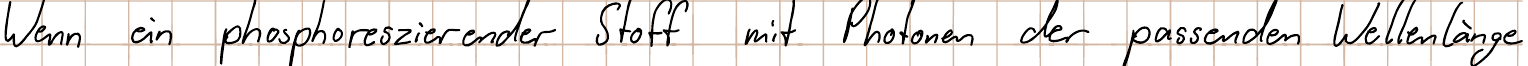
Wenn ein phosphoreszierender Stoff mit Photonen der passenden Wellenlänge